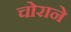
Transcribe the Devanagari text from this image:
चोराने